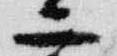
二